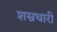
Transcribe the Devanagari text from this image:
शस्रधारी